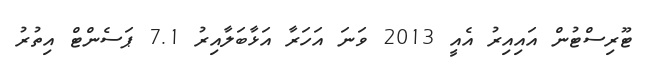
ޓޫރިސްޓުން އައިއިރު އެއީ 2013 ވަނަ އަހަރާ އަޅާބަލާއިރު 7.1 ޕަސެންޓް އިތުރު